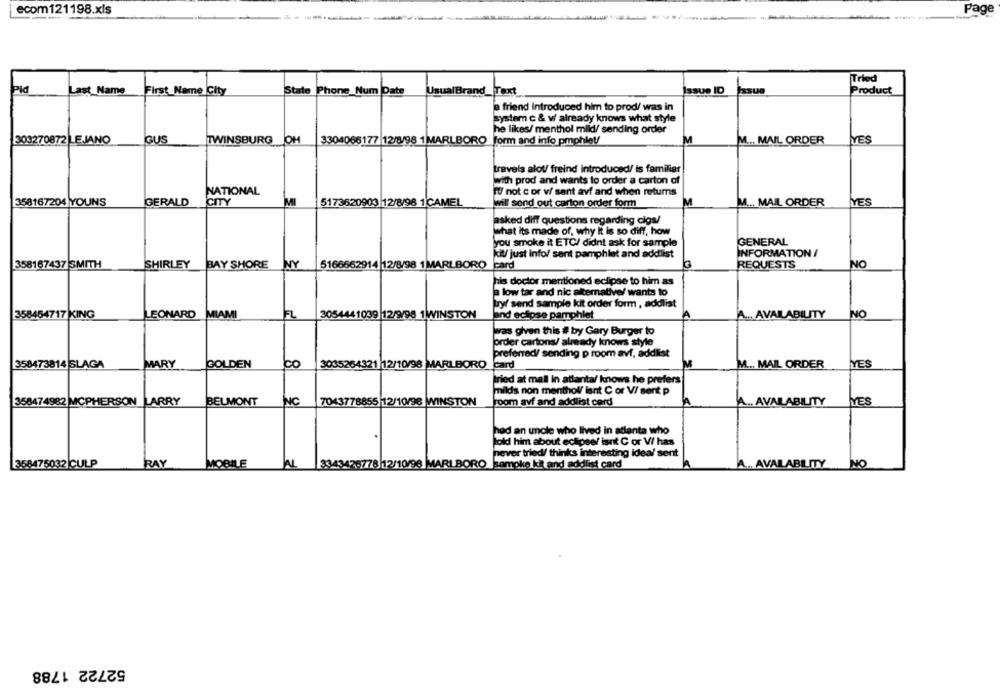
ecom121198.xls
page
Tried
Pid
State
Phone_Num Date
UsualBrand_Text
Issue ID
Product
Last Name
First Name City
friend Introduced him to prod/ was in
system c & w/ already knows what style
he likes/ menthol mild/ sending order
M
YES
303270872 LEJANO
IGUS
TWINSBURG OH
3304066177 12/8/98 1MARLBORO
form and info pmphlet/
M ... MAIL ORDER
travels alot/ freind introduced/ is familiar
with prod and wants to order a carton of
NATIONAL
If not c or v/ sant avf and when retums
358167204 YOUNS
GERALD
CITY
MI
5173620903 |12/8/98 1 CAMEL
M ... MAIL ORDER
YES
will send out carton order form
asked diff questions regarding cios/
what its made of, why It is so diff, how
you smoke it ETC/ didnt ask for sample
GENERAL
kil/ just info/ sent pamphlet and addlist
INFORMATION /
SHIRLEY
NY
5166662914 12/8/98 1 MARLBORO
card
358167437 SMITH
BAY SHORE
REQUESTS
NO
his doctor mentioned eclipse to him as
a low tar and nic alternative/ wants to
hry/ send sample kit order form , addlist
358454717 KING
LEONARD
MIAMI
FL
3054441039 12/9/98 1WINSTON
and ectose pamphlet
A ... AVAILABILITY
NO
was given this # by Gary Burger to
prder cartons/ already knows style
preferred/ sending p room avf, addlist
CO
358473814 SLAGA
MARY
GOLDEN
3035264321 12/10/98 MARLBORO
card
M
M ... MAIL ORDER
YES
tried at mall in atlanta/ knows he prefers
milds non menthol/ isnt C or V/ sent p
358474982 MCPHERSON LARRY
BELMONT
INC
7043778855 12/10/98 WINSTON
joom avf and addlist cord
A .. AVAILABILITY
YES
had an uncle who lived in atlanta who
told him about eclipse/ isnt C or V has
never tried/ thinks interesting ideal sent
358475032 CULP
RAY
MOBILE
3343425778 12/10/98 MARLBORO
ampke kit and addlist card
A ... AVAILABILITY
NO
52722 1788